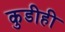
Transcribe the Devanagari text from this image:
कुडीही